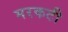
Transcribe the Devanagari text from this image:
मरकटी